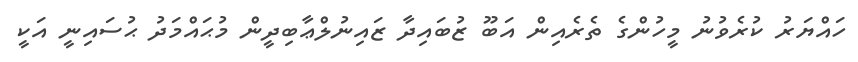
ހައްޔަރު ކުރެވުނު މީހުންގެ ތެރެއިން އަބޫ ޒުބައިދާ ޒައިނުލްޢާބިދީން މުޙައްމަދު ޙުސައިނީ އަކީ